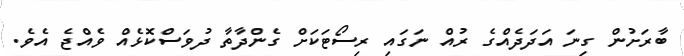
ބާރަށުން ގިނަ އަދަދެއްގެ ރުއް ނަގައި ރިސޯޓަކަށް ގެންދާތާ ދުވަސްކޮޅެއް ވެއްޖެ އެވެ.